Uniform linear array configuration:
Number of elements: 12
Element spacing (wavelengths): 0.25
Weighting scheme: hann
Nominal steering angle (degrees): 30
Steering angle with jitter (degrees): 31.886
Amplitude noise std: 0.05
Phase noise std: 0.05

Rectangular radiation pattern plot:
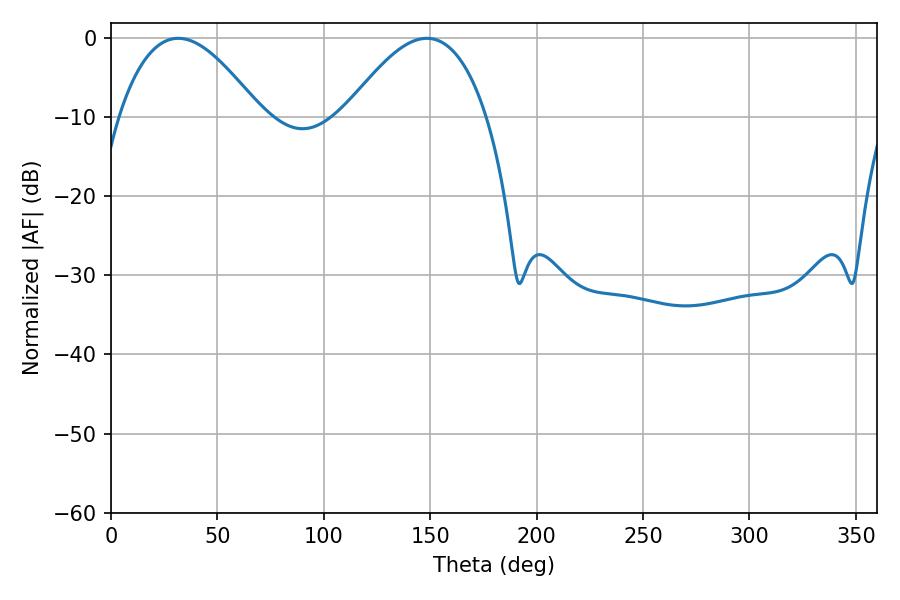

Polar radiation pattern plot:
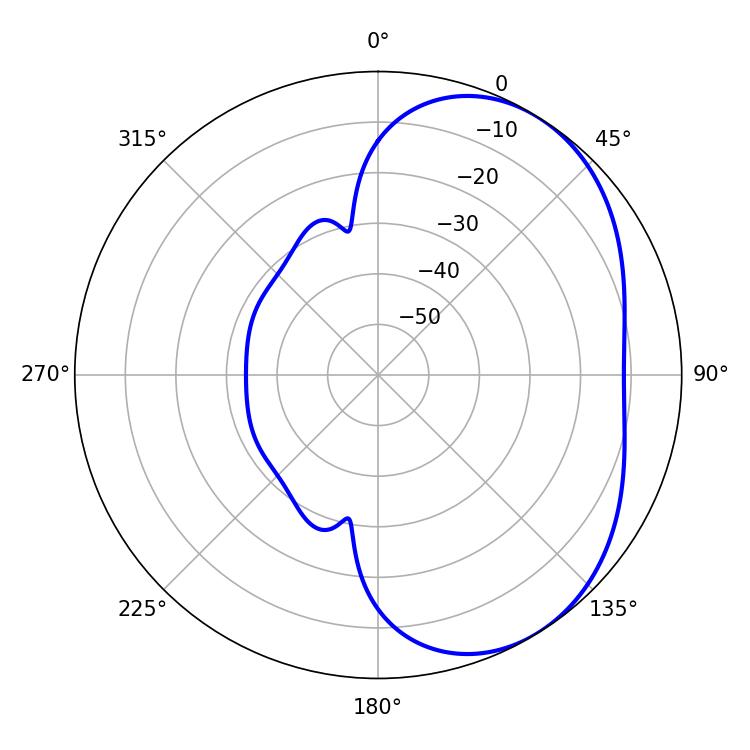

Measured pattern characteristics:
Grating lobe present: FALSE
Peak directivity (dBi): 4.0
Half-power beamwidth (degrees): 36.18
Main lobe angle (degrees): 31.68